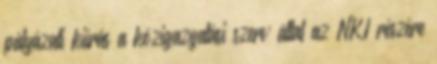
pályázati kiírás a közigazgatási szerv által az NKI részére